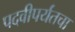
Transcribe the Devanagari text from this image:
पदवीपर्यंतचा